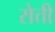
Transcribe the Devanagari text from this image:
रोत्ती